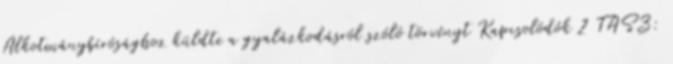
Alkotmánybírósághoz küldte a gyalázkodásról szóló törvényt Kapcsolódók 2 TASZ: